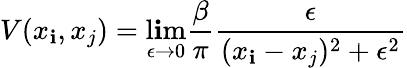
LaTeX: V(x_{\mathbf{i}},x_{j})=\operatorname*{l\mathbf{i}m}_{\epsilon\rightarrow0}\frac{{\beta}}{{\pi}}\frac{{\epsilon}}{{(x_{\mathbf{i}}-x_{j})^{2}+\epsilon^{2}}}